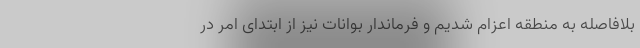
بلافاصله به منطقه اعزام شدیم و فرماندار بوانات نیز از ابتدای امر در